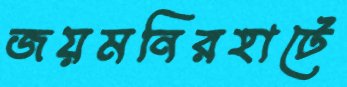
জয়মনিরহাটে